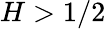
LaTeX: H>1/2